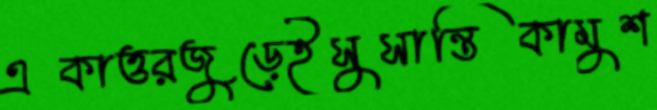
একাত্তরজুড়েইসুসান্তিকামুশ